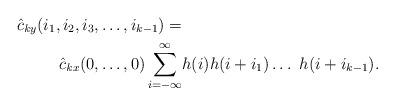
LaTeX: \begin{align*} \hat{c}_{\mathit{k}y}(i_1,i_2,i_3,\dots,i_{k-1}) =\\ \hat{c}_{\mathit{k}x}(0,\ldots,0)\sum_{i = -\infty}^{\infty}& h(i)h(i+i_1)\dots\ h(i+i_{k-1}).\end{align*}